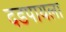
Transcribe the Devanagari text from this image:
दडपायला